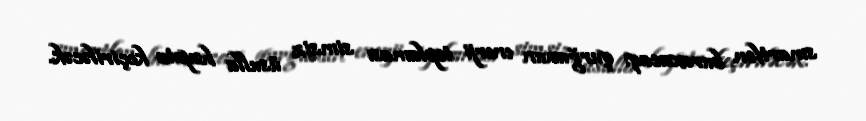
smartfon buraxacaq: qurğunun enerji toplaması simsiz üsulla həyata keçiriləcək.